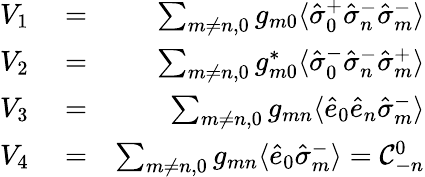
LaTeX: \begin{array}{rlr}{V_{1}}&{{}=}&{\sum_{m\neq n,0}g_{m0}\langle\hat{\sigma}_{0}^{+}\hat{\sigma}_{n}^{-}\hat{\sigma}_{m}^{-}\rangle}\\ {V_{2}}&{{}=}&{\sum_{m\neq n,0}g_{m0}^{*}\langle\hat{\sigma}_{0}^{-}\hat{\sigma}_{n}^{-}\hat{\sigma}_{m}^{+}\rangle}\\ {V_{3}}&{{}=}&{\sum_{m\neq n,0}g_{mn}\langle\hat{e}_{0}\hat{e}_{n}\hat{\sigma}_{m}^{-}\rangle}\\ {V_{4}}&{{}=}&{\sum_{m\neq n,0}g_{mn}\langle\hat{e}_{0}\hat{\sigma}_{m}^{-}\rangle={\cal C}_{-n}^{0}}\end{array}